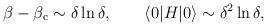
LaTeX: \begin{align*}\beta - \beta_{\rm c} \sim \delta \ln \delta, \qquad\langle 0 | H | 0 \rangle \sim \delta^2 \ln \delta,\end{align*}